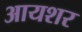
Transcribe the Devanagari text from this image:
आयशर